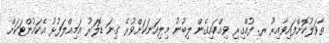
ތާވަލުކޮށްފައިވާއިރު ރ. ފުއްގިރި ވިއްކައިގެން ލިބުނު މިލިއަނަކަށްވުރެ ގިނަ ޑޮލަރު އަމިއްލަފުޅު އެކައުންޓަކަށް